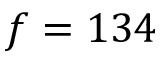
f = 1 3 4